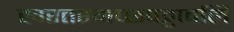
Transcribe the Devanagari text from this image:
खरतरगच्छपट्टावलि